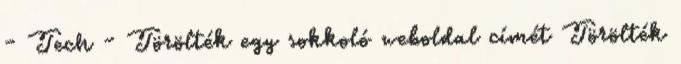
- Tech - Törölték egy sokkoló weboldal címét Törölték